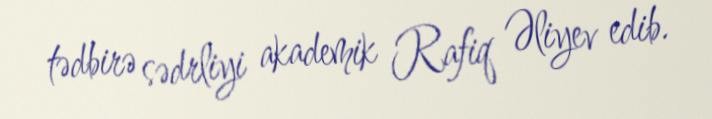
tədbirə sədrliyi akademik Rafiq Əliyev edib.